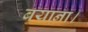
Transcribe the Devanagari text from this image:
बयाना।